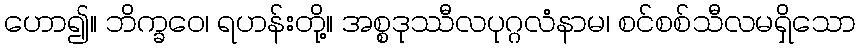
ဟော၍။ ဘိက္ခဝေ၊ ရဟန်းတို့။ အစ္စဒုဿီလပုဂ္ဂလံနာမ၊ စင်စစ်သီလမရှိသော